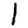
Digit: 1